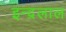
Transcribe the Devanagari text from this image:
इन्द्रलाल